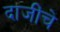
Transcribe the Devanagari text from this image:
दाजींचे